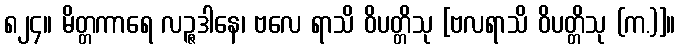
၈၂၄။ မိတ္တကာရေ လဉ္ဇဒါနေ၊ ဗလေ ရာသိ ဝိပတ္တိသု [ဗလရာသိ ဝိပတ္တိသု (က.)]။